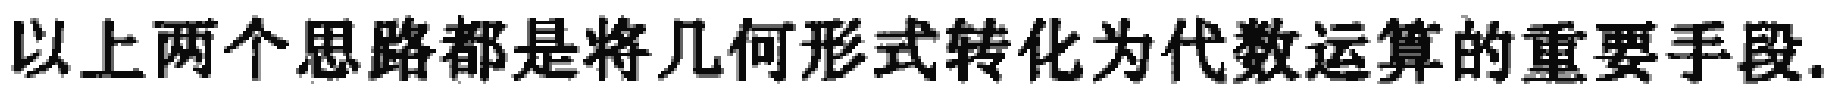
以上两个思路都是将几何形式转化为代数运算的重要手段.